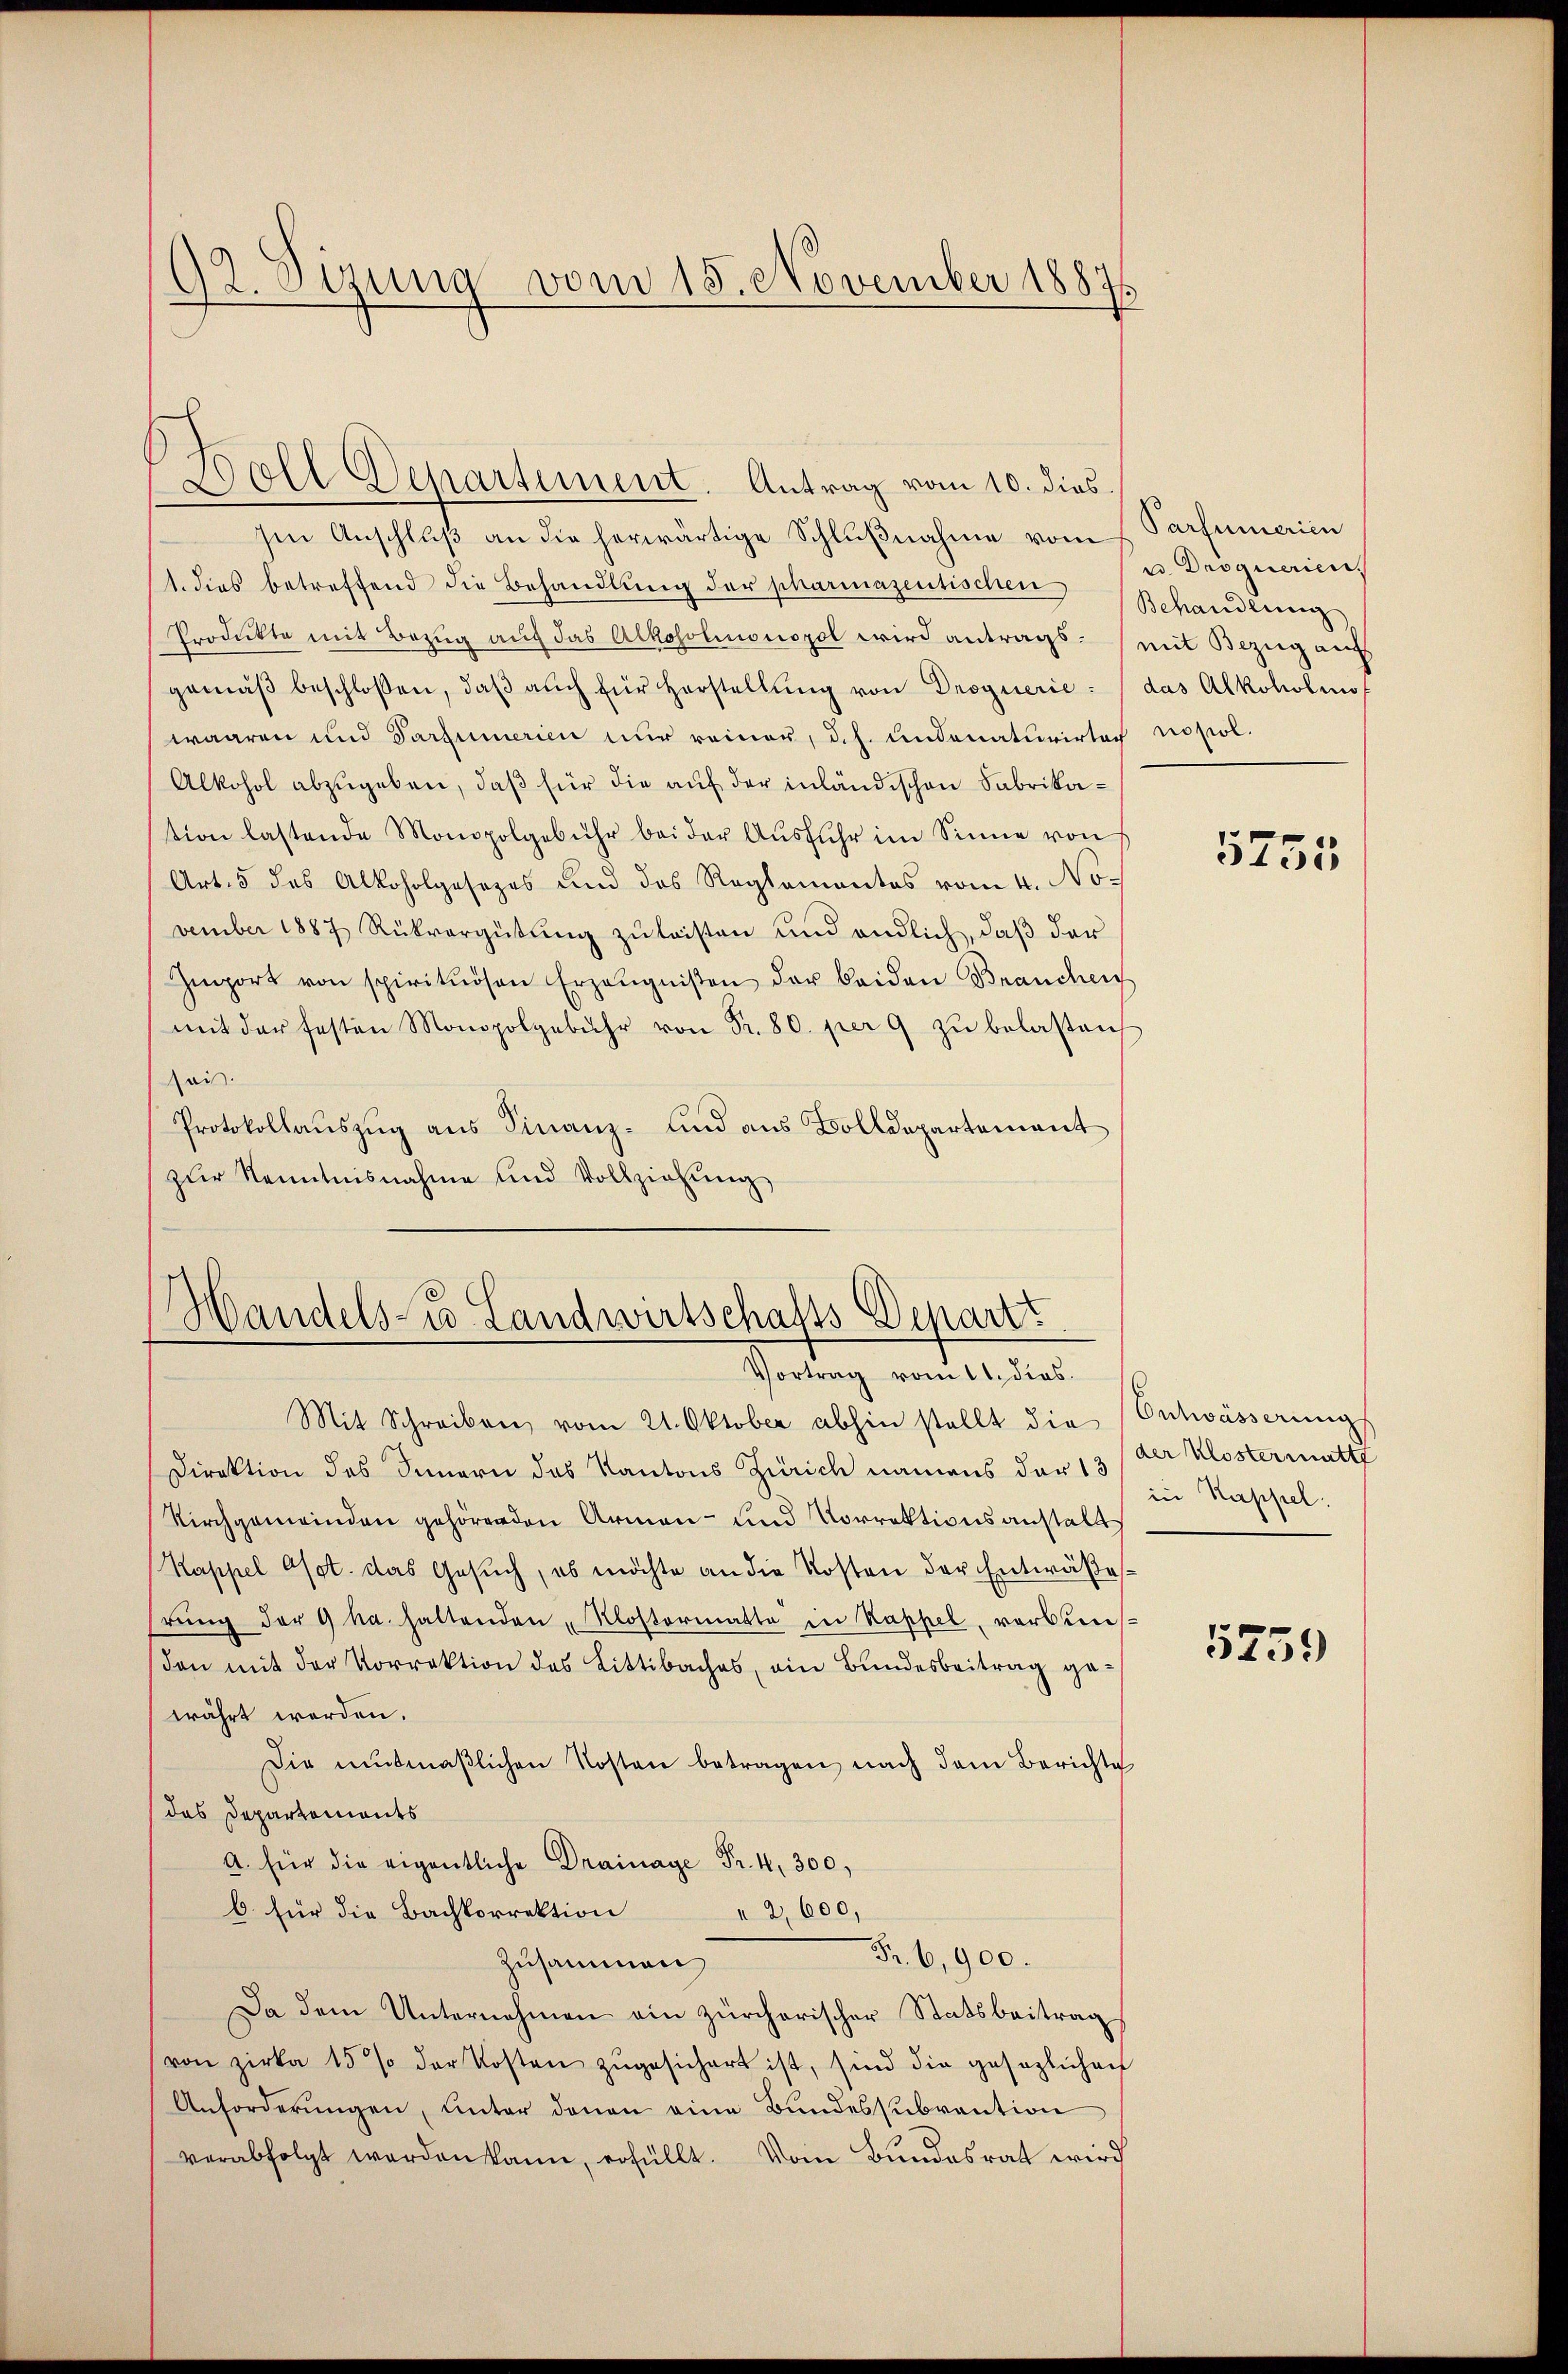
Ien Anschluß an die herwärtige Schlußnahme vom h. Parfumerien
1. dies betreffend die Behandlŭng der pharmazentischen Behandlung
Produkte mit Bezug auf das Alkoholmonopol wird antrags mit Bezug auf
gemäβ beschlossen, daβ aŭch für Herstellŭng von Droguerie: (das Alkoholmof
waaren und Darzumerien nur reiner, d.h. undonaturirter nopol.
Alkohol abzugeben, daß für die auf der inländischen Fabrikation lastende Monopolgebühr bei der Aŭsführ im Sinne von
Art. 5 des Alkoholgesezes und des Reglementes vom 4. No-
vember 1887 Rückvergütung zu leisten und endlich, daß der
Import von spirituosen Erzeŭgniβen der beiden Brauchen
mit der festen Monopolgebühr von Fr. 80. per 9 zŭ belasten
ai.
Protokollauszug aus Finanz- und aus Bolldepartement
zur Kenntnisnahme und Vollziehung

Mit Schreiben vom 21. Oktober abhin stellt die Entwässerung
Direktion des Innern des Kantons Zürich namens der 13 / der Klostermatt
Kirchgemeinden gehörenden Armen- und Vorrektionsanstall
Kappel Oset. das Gesŭch, es möchte an die Kosten der Entwäβesrŭng der 9 ha. haltenden „Klostermatte in Kappel, vorbens
den mit der Vorrektion des Littibaches, ein Bundesbeitrag gewährt werden.
Die mutmaßlichen Kosten betragen nach dem Berichte
das Departements
A. für die eigentliche Drainage Fr. 4, 300,
b. für die Bachkorrektion
2,600,
Fr. 6,900.
zusammen
Da dem Unternehmen ein zürcherischer Statsbeitrag
von Zirka 15% der Kosten zugesichert ist, sind die gesezlichen
Anforderŭngen, unter denen eine Bundessubvention
verabfolgt werden kann, erfüllt. Vom Bundesrat wird

92. Sizung vom 15. November 18875

Woll Departement. Antrag vom 10. dies

Handels- u. Landwirtschafts Depart
Vortrag vom 11. dies

e Droquerien.

5755

in Kappel.

5759